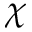
\chi